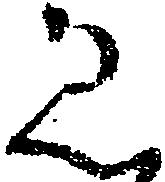
ゑ